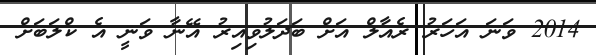
2014 ވަނަ އަހަރު ރެއާލް އަށް ބަދަލުވިއިރު އޭނާ ވަނީ އެ ކްލަބަށް